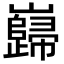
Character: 巋